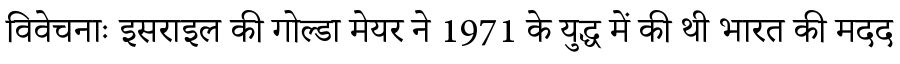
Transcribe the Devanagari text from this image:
विवेचनाः इसराइल की गोल्डा मेयर ने 1971 के युद्ध में की थी भारत की मदद